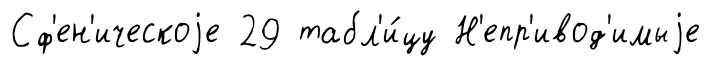
Сф'ен'ическоjе 29 табл'и́цу Н'епр'ивод'имыjе